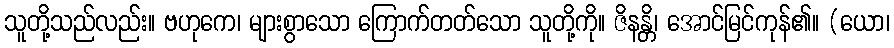
သူတို့သည်လည်း။ ဗဟုကေ၊ များစွာသော ကြောက်တတ်သော သူတို့ကို။ ဇိနန္တိ၊ အောင်မြင်ကုန်၏။ (ယော၊